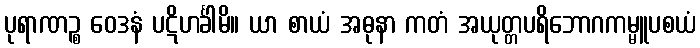
ပုရာဏဉ္စ ဝေဒနံ ပဋိဟင်္ခါမိ။ ယာ စာယံ အဓုနာ ကတံ အယုတ္တပရိဘောဂကမ္မူပစယံ